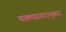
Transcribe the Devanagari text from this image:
वाक्यप्रचारानुसार